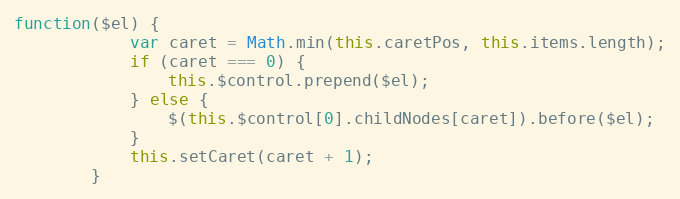
Language: JavaScript
function($el) {
			var caret = Math.min(this.caretPos, this.items.length);
			if (caret === 0) {
				this.$control.prepend($el);
			} else {
				$(this.$control[0].childNodes[caret]).before($el);
			}
			this.setCaret(caret + 1);
		}